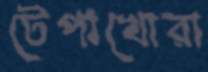
টেপাখোরা